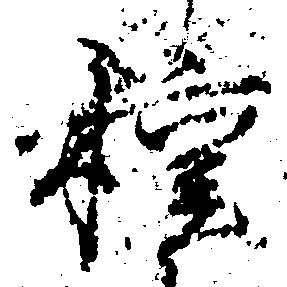
種